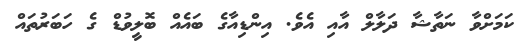
ކަމަށްވާ ނަތާޝާ ދަލާލް އާއި އެވެ. އިންޑިއާގެ ބައެއް ބޮލީވުޑް ގެ ހަބަރުތައް